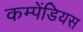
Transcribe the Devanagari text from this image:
कम्पेंडियस